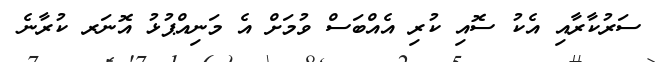
ސަރުކާރާއި އެކު ސޮއި ކުރި އެއްބަސް ވުމަށް އެ މަނިއްޕުޅު އޮނަރ ކުރާނެ